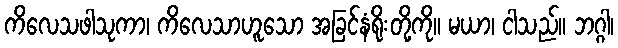
ကိလေသဖါသုကာ၊ ကိလေသာဟူသော အခြင်နံရိုးတို့ကို။ မယာ၊ ငါသည်။ ဘဂ္ဂါ၊